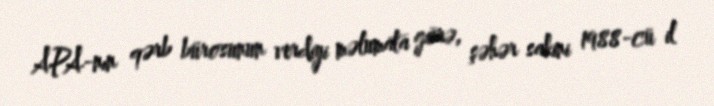
APA-nın qərb bürosunun verdiyi məlumata görə, şəhər sakini 1988-cü il